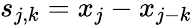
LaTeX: s_{j,k}=x_{j}-x_{j-k}